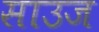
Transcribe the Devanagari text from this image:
साउज